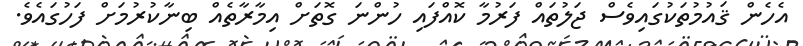
އެހެން ޤައުމުތަކުގައިވެސް ޖަލުތައް ފަރުމާ ކޮއްފައި ހުންނަ ގޮތަށް އިމާރާތެއް ބިނާކުރުމަށް ފަހުގައެވެ.